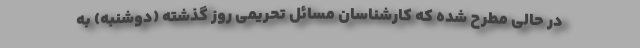
در حالی مطرح شده که کارشناسان مسائل تحریمی روز گذشته (دوشنبه) به